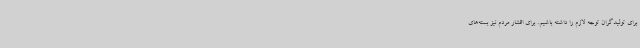
برای تولیدگران توجه لازم را داشته باشیم. برای اقشار مردم نیز بسته‌های